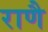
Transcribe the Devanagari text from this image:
राणै